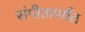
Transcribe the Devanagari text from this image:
संगीतापर्यंत